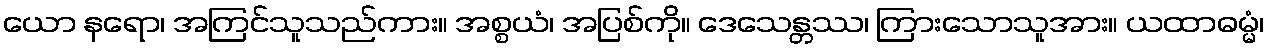
ယော နရော၊ အကြင်သူသည်ကား။ အစ္စယံ၊ အပြစ်ကို။ ဒေသေန္တဿ၊ ကြားသောသူအား။ ယထာဓမ္မံ၊